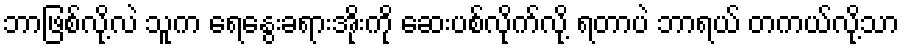
ဘာဖြစ်လို့လဲ သူက ရေနွေးခရားအိုးကို ဆေးပစ်လိုက်လို့ ရတာပဲ ဘာရယ် တကယ်လို့သာ